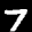
Label: 7